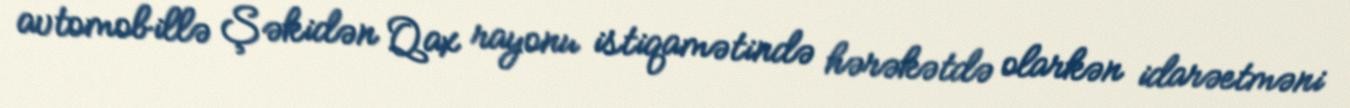
avtomobillə Şəkidən Qax rayonu istiqamətində hərəkətdə olarkən idarəetməni